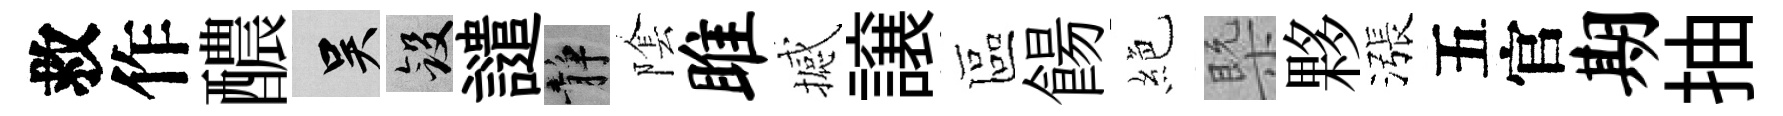
救作醲吴斂譴静隂雎撼譲區餳絶槩夥漲五官期抽